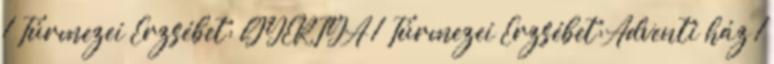
1 Túrmezei Erzsébet: GYERTYA 1 Túrmezei Erzsébet:Adventi ház 1